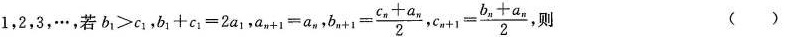
1，2，3，…，若b>c_1，b_1+c_1=2a_1，a_n+1=a_n， $$b_{n+1}= \frac{c_{n}+a_{n}}{2},c_{n+1}= \frac{b_{n}+a_{n}}{2},$$ 则 ()